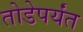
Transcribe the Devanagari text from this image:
तोडेपर्यंत